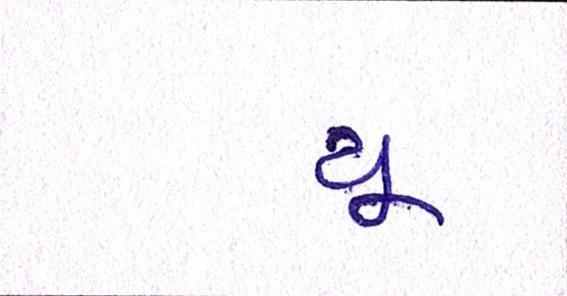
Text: યૂ